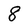
Character: 8